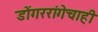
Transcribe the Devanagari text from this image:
डोंगररांगेचाही